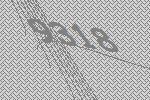
9318